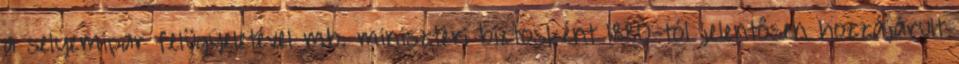
a selyemipar felügyeletével mb. miniszteri biztosként 1880-tól jelentősen hozzájárult